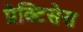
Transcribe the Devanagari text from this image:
प्रेक्टिसेस